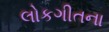
લોકગીતના